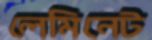
লেমিনেট